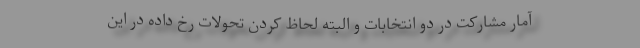
آمار مشارکت در دو انتخابات و البته لحاظ کردن تحولات رخ داده در این